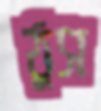
ঠুস